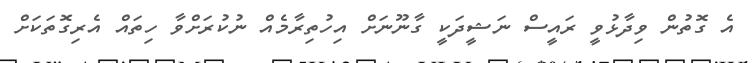
އެ ގޮތުން ވިދާޅުވީ ރައީސް ނަޝީދަކީ ގާނޫނަށް އިހުތިރާމެއް ނުކުރަށްވާ ހިތައް އެރިގޮތަކަށް